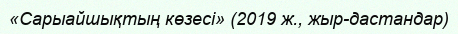
«Сарыайшықтың көзесі» (2019 ж., жыр-дастандар)